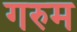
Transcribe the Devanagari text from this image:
गरुम